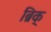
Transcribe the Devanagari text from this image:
ब्रिक्